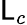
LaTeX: \mathsf{L}_{c}